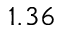
1 . 3 6